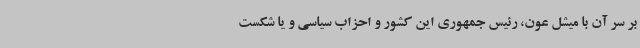
بر سر آن با میشل عون، رئیس جمهوری این کشور و احزاب سیاسی و یا شکست